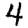
Digit: 4